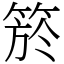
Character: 箊